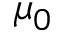
\mu _ { 0 }